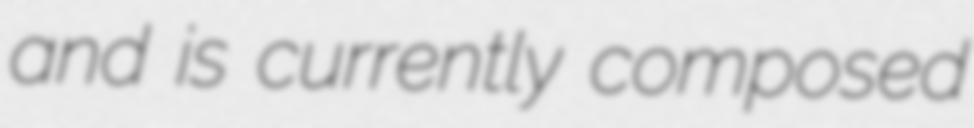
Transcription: and is currently composed